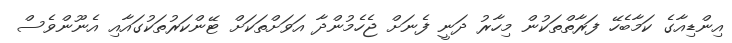
އިންޑިއާގެ ކަމާބެހޭ ފަރާތްތަކުން މިހާރު ދަނީ ފެނަށް ޖެހެމުންދާ އަވަށްތަކަށް ޓޭންކަރުތަކުގައާއި އެނޫންވެސް